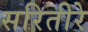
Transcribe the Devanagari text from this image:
सरितीरे